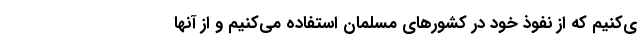
ی‌کنیم که از نفوذ خود در کشورهای مسلمان استفاده می‌کنیم و از آنها